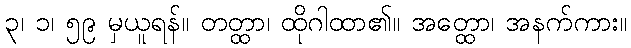
၃၊ ၁၊ ၅၉ မှယူရန်။ တတ္ထာ၊ ထိုဂါထာ၏။ အတ္ထော၊ အနက်ကား။